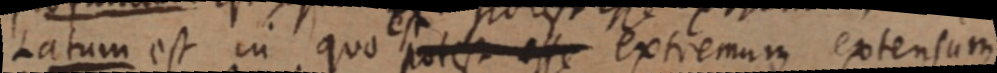
Latum est in quo potest esse extremum extensum